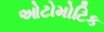
ઓટોમોટિક